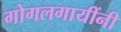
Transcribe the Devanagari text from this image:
गोगलगायींनी